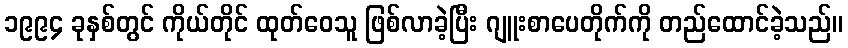
၁၉၉၄ ခုနှစ်တွင် ကိုယ်တိုင် ထုတ်ဝေသူ ဖြစ်လာခဲ့ပြီး ဂျူးစာပေတိုက်ကို တည်ထောင်ခဲ့သည်။